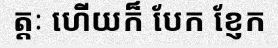
ត្តៈ ហើយក៏ បែក ខ្ញែក